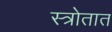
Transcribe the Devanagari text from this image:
स्त्रोतात